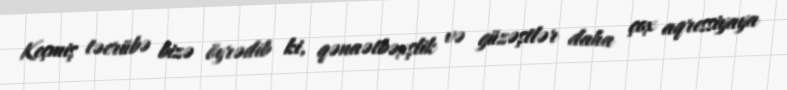
Keçmiş təcrübə bizə öyrədib ki, qənaətbəxşlik və güzəştlər daha çox aqressiyaya